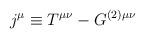
LaTeX: \begin{align*}j^\mu \equiv T^{\mu \nu} - G^{(2) \mu \nu}\end{align*}